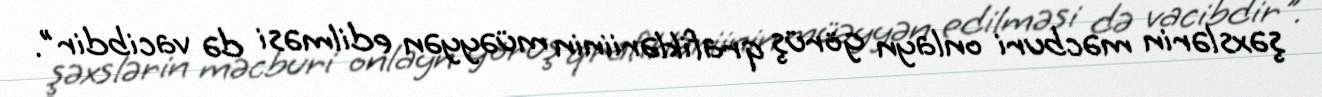
şəxslərin məcburi onlayn görüş qrafikləriinin müəyyən edilməsi də vacibdir".